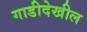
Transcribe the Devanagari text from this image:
गाडीदेखील